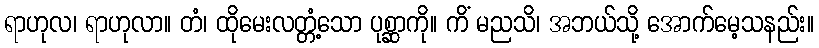
ရာဟုလ၊ ရာဟုလာ။ တံ၊ ထိုမေးလတ္တံ့သော ပုစ္ဆာကို။ ကိံ မညသိ၊ အဘယ်သို့ အောက်မေ့သနည်း။